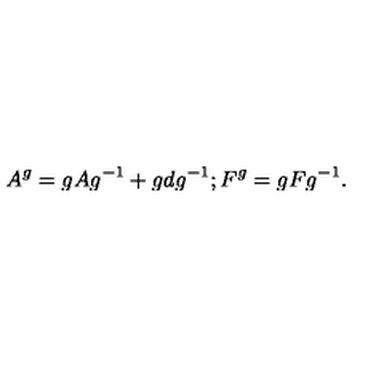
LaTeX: A ^ { g } = g A g ^ { - 1 } + g d g ^ { - 1 } ; F ^ { g } = g F g ^ { - 1 } .